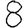
Digit: 8